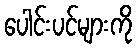
ပေါင်းပင်များကို